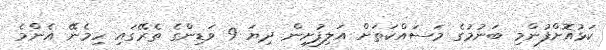
ކަޅުއޮށްފުންމި ބަނުމުގެ މަސައްކަތަށް އަލިފުށިން ދިޔަ 9 ވަޑިންގެ ތެރޭގައި ހިމެނޭ އެންމެ